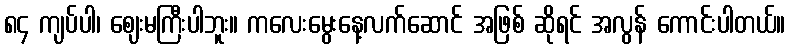
၈၄ ကျပ်ပါ၊ ဈေးမကြီးပါဘူး။ ကလေးမွေးနေ့လက်ဆောင် အဖြစ် ဆိုရင် အလွန် ကောင်းပါတယ်။